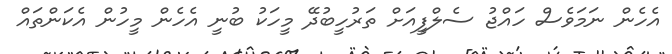
އެހެން ނަމަވެސް ހައްޖު ސެލްފީއަށް ތަރުހީބުދޭ މީހަކު ބުނީ އެހެން މީހުން އެކަންތައް